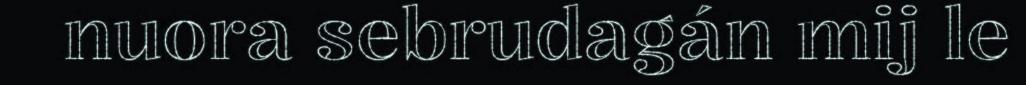
nuora sebrudagán mij le